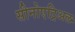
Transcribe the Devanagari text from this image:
सीनोएट्रिअल